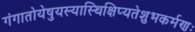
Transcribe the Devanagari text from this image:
गंगातोयेषुयस्यास्थिक्षिप्यतेशुभकर्मणः